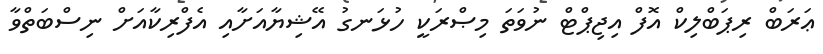
ޢަރަބް ރިޕަބްލިކް އޮފް އިޖިޕްޓް ނުވަތަ މިޞްރަކީ ހުޅަނގު އޭޝިޔާއަށާއި އެފްރިކާއަށް ނިސްބަތްވާ